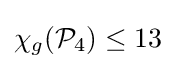
\chi _{g}({\mathcal {P}}_{4})\leq 13